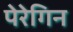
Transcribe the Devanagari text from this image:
पेरेगिन